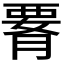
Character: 𦝫